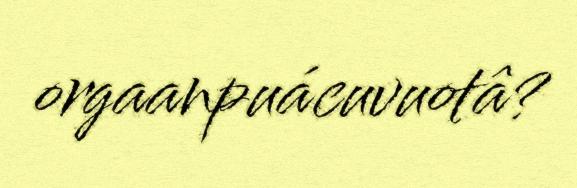
orgaanpuácuvuotâ?